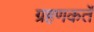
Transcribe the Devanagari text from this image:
ग्रहणकर्ते